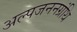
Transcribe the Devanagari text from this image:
अल्पजननग्रंथि